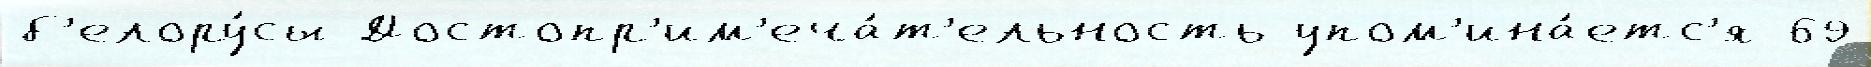
б'елору́сы Достопр'им'еча́т'ельность упом'ина́етс'я 69